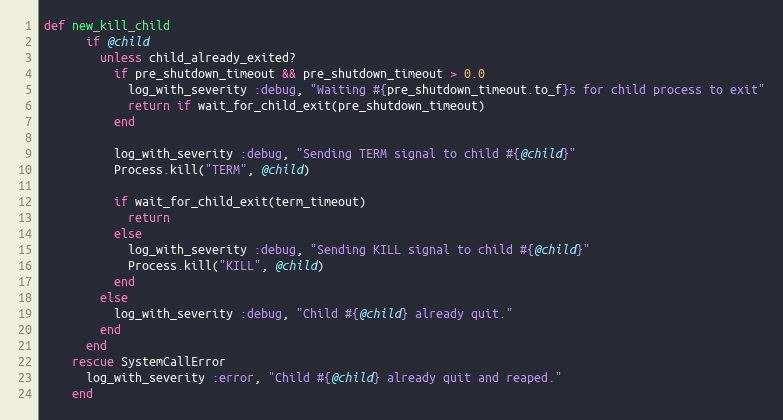
Language: Ruby
def new_kill_child
      if @child
        unless child_already_exited?
          if pre_shutdown_timeout && pre_shutdown_timeout > 0.0
            log_with_severity :debug, "Waiting #{pre_shutdown_timeout.to_f}s for child process to exit"
            return if wait_for_child_exit(pre_shutdown_timeout)
          end

          log_with_severity :debug, "Sending TERM signal to child #{@child}"
          Process.kill("TERM", @child)

          if wait_for_child_exit(term_timeout)
            return
          else
            log_with_severity :debug, "Sending KILL signal to child #{@child}"
            Process.kill("KILL", @child)
          end
        else
          log_with_severity :debug, "Child #{@child} already quit."
        end
      end
    rescue SystemCallError
      log_with_severity :error, "Child #{@child} already quit and reaped."
    end